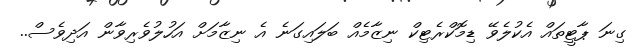
ގިނަ ޕާޓީތައް އެކުލެވޭ ޑިމޮކްރެޓިކް ނިޒާމެއް ބަލައިގަނެ އެ ނިޒާމަށް އަހުލުވެރިވާން އަދިވެސް..